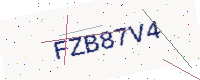
Text: FZB87V4